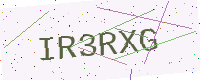
Text: IR3RXG